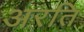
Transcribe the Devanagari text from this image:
अरति